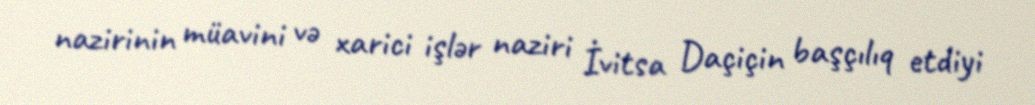
nazirinin müavini və xarici işlər naziri İvitsa Daçiçin başçılıq etdiyi